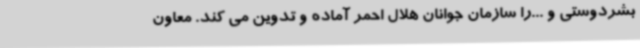
بشردوستی و ...را سازمان جوانان هلال احمر آماده و تدوین می کند. معاون